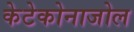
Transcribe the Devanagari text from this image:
केटेकोनाजोल